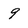
Character: 9